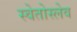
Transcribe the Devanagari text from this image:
स्वेतोस्लेव